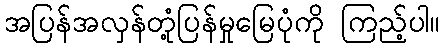
အပြန်အလှန်တုံ့ပြန်မှုမြေပုံကို ကြည့်ပါ။